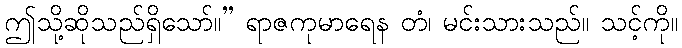
ဤသို့ဆိုသည်ရှိသော်။” ရာဇကုမာရေန တံ၊ မင်းသားသည်။ သင့်ကို။